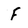
Character: F